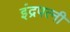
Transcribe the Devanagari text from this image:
इंद्रपत्‍नी